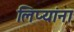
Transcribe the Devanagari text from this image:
लिप्यांना